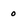
Character: 0